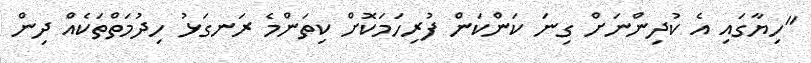
"ހިޔާގައި އެ ކުދިންނަށް ގިނަ ކަންކަން ފުރިހަމަކޮށް ކިތަންމެ ރަނގަޅު ހިދުމަތްތަކެއް ދިން